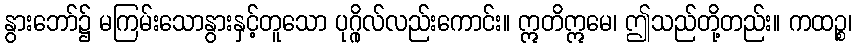
နွားဘော်၌ မကြမ်းသောနွားနှင့်တူသော ပုဂ္ဂိုလ်လည်းကောင်း။ ဣတိဣမေ၊ ဤသည်တို့တည်း။ ကထဉ္စ၊